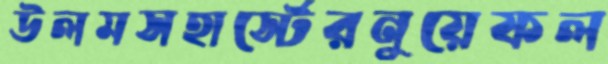
উলমসহার্স্টেরনুয়েফল